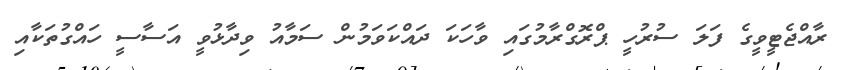
ރާއްޖެޓީވީގެ ފަލަ ސުރުހީ ޕްރޮގްރާމުގައި ވާހަކަ ދައްކަވަމުން ސަމާއު ވިދާޅުވީ އަސާސީ ހައްގުތަކާއި